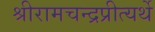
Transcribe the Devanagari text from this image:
श्रीरामचन्द्रप्रीत्यर्थे